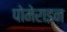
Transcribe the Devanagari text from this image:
पोमेराइन